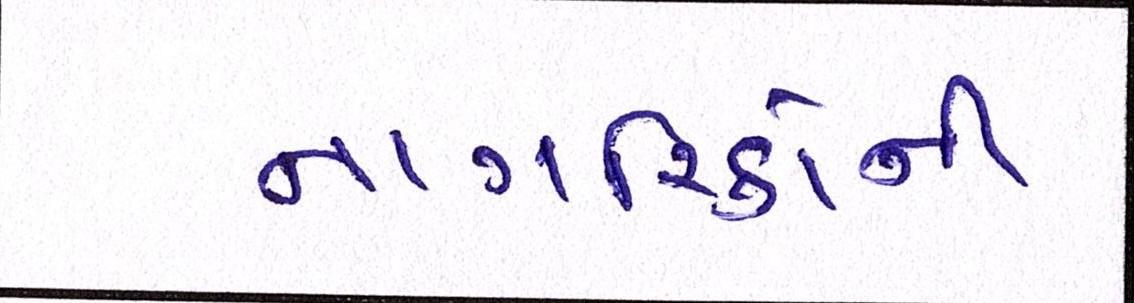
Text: નાગરિકોની